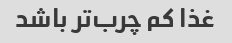
غذا کم چرب‌تر باشد